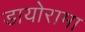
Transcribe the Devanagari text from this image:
डायोरामा